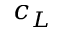
c _ { L }